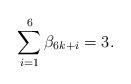
LaTeX: \begin{align*}\sum_{i=1}^6 \beta_{6k+i} = 3.\end{align*}